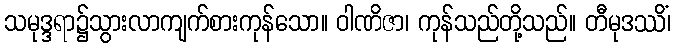
သမုဒ္ဒရာ၌သွားလာကျက်စားကုန်သော။ ဝါဏိဇာ၊ ကုန်သည်တို့သည်။ တီမုဒဿိံ၊